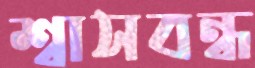
শ্বাসবন্ধ